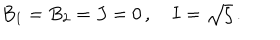
B _ { 1 } = B _ { 2 } = J = 0 \, , \quad I = \sqrt { \zeta } \, .